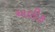
અલીક